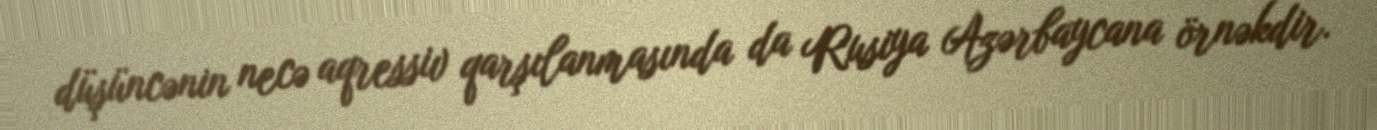
düşüncənin necə aqressiv qarşılanmasında da Rusiya Azərbaycana örnəkdir.